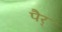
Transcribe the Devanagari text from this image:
पैर्